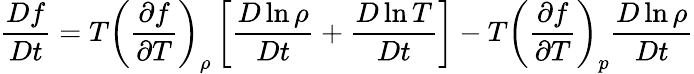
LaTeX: \frac{Df}{Dt}=T\left(\frac{\partial f}{\partial T}\right)_{\rho}\left[\frac{D\ln\rho}{Dt}+\frac{D\ln T}{Dt}\right]-T\left(\frac{\partial f}{\partial T}\right)_{p}\frac{D\ln\rho}{Dt}